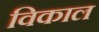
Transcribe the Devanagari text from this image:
विकाल